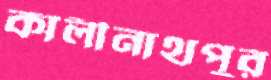
কালীনাথপুর